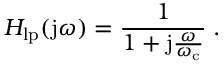
H _ { \mathrm { l p } } ( \mathrm { j } \omega ) = { \frac { 1 } { 1 + \mathrm { j } { \frac { \omega } { \omega _ { \mathrm { c } } } } } } \; .